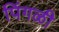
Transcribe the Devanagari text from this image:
पिंगळी